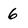
Character: 6